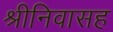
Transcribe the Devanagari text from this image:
श्रीनिवासह